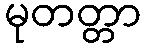
မုတတ္တာ